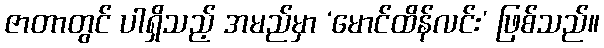
ဇာတာတွင် ပါရှိသည့် အမည်မှာ ‘မောင်ထိန်လင်း’ ဖြစ်သည်။